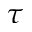
\tau